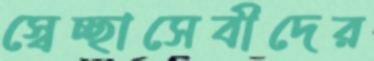
স্বেচ্ছাসেবীদের